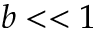
b < < 1